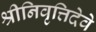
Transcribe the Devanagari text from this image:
श्रीनिवृत्तिदेवे